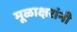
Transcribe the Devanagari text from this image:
मूळाक्षरांनी